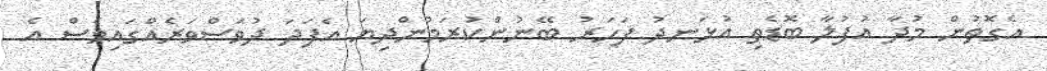
އެގޮތުން މުދާ އުފުލާ ބޮޑެތި އުޅަނދު ފަހަރު ބޭނުންކުރަމުންދިޔަ އެފަދަ ދުވަސްވަރެއްގައިވެސް އެ